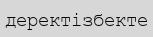
деректізбекте